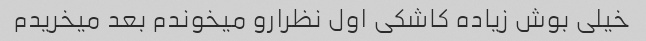
خیلی بوش زیاده کاشکی اول نظرارو میخوندم بعد میخریدم